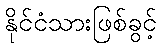
နိုင်ငံသားဖြစ်ခွင့်